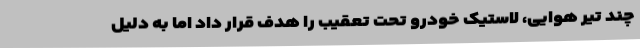
چند تیر هوایی، لاستیک خودرو تحت تعقیب را هدف قرار داد اما به دلیل